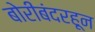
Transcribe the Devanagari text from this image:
बोरीबंदरहून